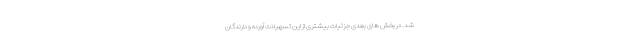
شد. در بخش های بعدی جزئیات بیشتری از این تسهیلات آورده و دارندگان